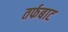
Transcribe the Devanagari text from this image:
तर्फबाट